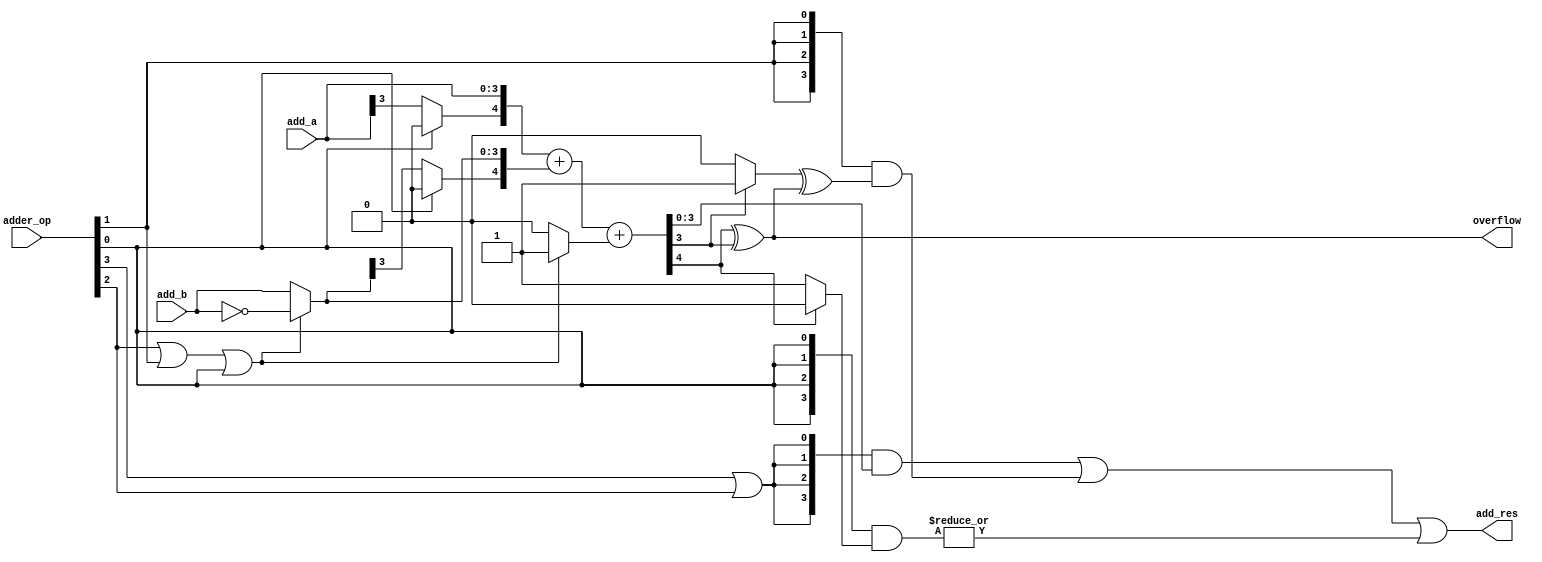
/*====================Ports Declaration====================*/
module adder
    #(parameter BUS = 4)
    (
    input [BUS-1:0] add_a,add_b, //data: a-b
    input [3:0] adder_op, //control:--{0:stlu,1:stl,2:-,3:+}
    output [BUS-1:0] add_res,
    output wire overflow
    );
/*====================Variable Declaration====================*/
wire sub_op,slt_op,sltu_op,add_op;
wire cin,cout,top_a,top_b;
wire [BUS-1:0] add_sub_res,data_a,data_b;
wire [BUS-1:0] sltu_res,slt_res;//
/*====================Function Code====================*/
assign {add_op,sub_op,slt_op,sltu_op} = adder_op;
assign cin = (sub_op|slt_op|sltu_op) ? 1'b1 : 1'b0;
assign data_a = add_a;
assign data_b = (sub_op|slt_op|sltu_op) ? ~add_b : add_b;
assign top_a = (sltu_op) ? 1'b0 : data_a[BUS-1];
assign top_b = (sltu_op) ? 1'b0 : data_b[BUS-1];
assign {cout,add_sub_res} = {top_a,data_a} + {top_b,data_b} + cin;
assign overflow = (cout ^ add_sub_res[BUS-1]);

assign slt_res[BUS-1:1] = 'b0;
assign sltu_res[BUS-1:1] = 'b0;
assign slt_res[0] = ((add_sub_res[BUS-1]) ? 1'b1:1'b0) ^ overflow;
assign sltu_res[0] = (cout) ? 1'b0:1'b1;

assign add_res = ({BUS{add_op||sub_op}} & add_sub_res)
                 |({BUS{slt_op}} & slt_res)|
                 |({BUS{sltu_op}} & sltu_res);

endmodule